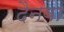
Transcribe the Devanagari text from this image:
दैनवा